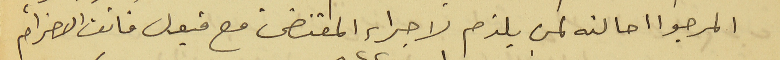
المرجوا احالته لمن يلزم لاجراء المقتضى مع قبول فائق الاحترام